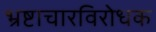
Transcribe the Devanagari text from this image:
भ्रष्टाचारविरोधक